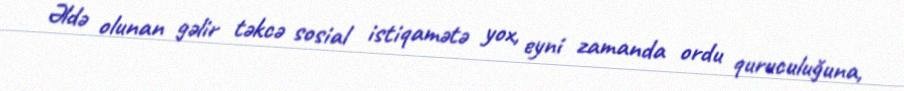
Əldə olunan gəlir təkcə sosial istiqamətə yox, eyni zamanda ordu quruculuğuna,